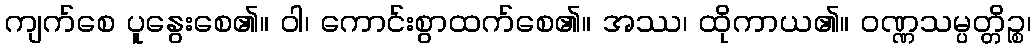
ကျက်စေ ပူနွေးစေ၏။ ဝါ၊ ကောင်းစွာထက်စေ၏။ အဿ၊ ထိုကာယ၏။ ဝဏ္ဏသမ္ပတ္တိဉ္စ၊